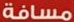
مسافة